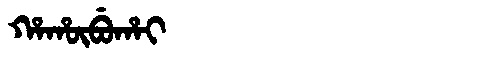
Manchu: ᡥᠠᡥᡡᠪᡠᡥᠠᡳ
Romanization: HAHŪBUHAI